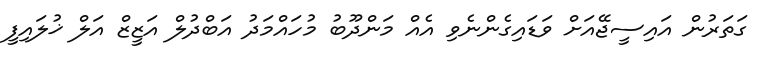
ގަތަރުން އައިސީޖޭއަށް ވަޑައިގެންނެވި އެއް މަންދޫބު މުހައްމަދު އަބްދުލް އަޒީޒް އަލް ޚުލައިފީ